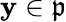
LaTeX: \mathbf{y}\in{\mathfrak{{p}}}